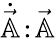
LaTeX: \dot{\vec{\mathbb{A}}}\! :\! \vec{\mathbb{A}}